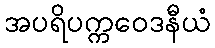
အပရိပက္ကဝေဒနီယံ